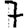
Digit: 7